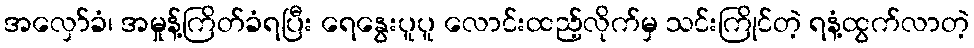
အလှော်ခံ၊ အမှုန့်ကြိတ်ခံရပြီး ရေနွေးပူပူ လောင်းထည့်လိုက်မှ သင်းကြိုင်တဲ့ ရနံ့ထွက်လာတဲ့